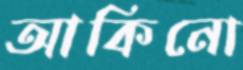
আকিনো